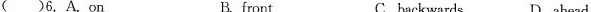
( )6. A. On B. front C. backwards D. ahead